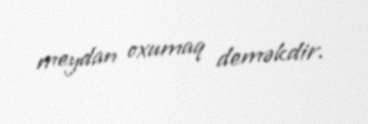
meydan oxumaq deməkdir.